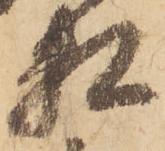
数